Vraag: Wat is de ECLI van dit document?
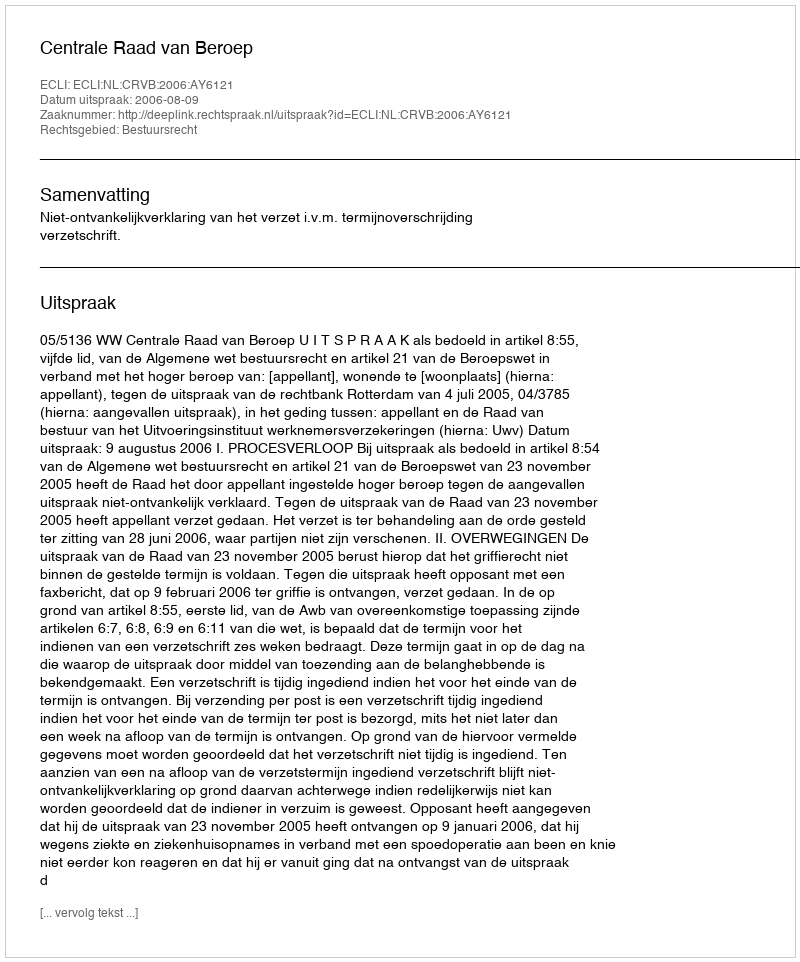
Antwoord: ECLI:NL:CRVB:2006:AY6121